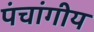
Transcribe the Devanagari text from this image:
पंचांगीय